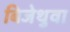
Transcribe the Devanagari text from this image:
बिजेथुवा